Leaving Certificate Examination, 1922
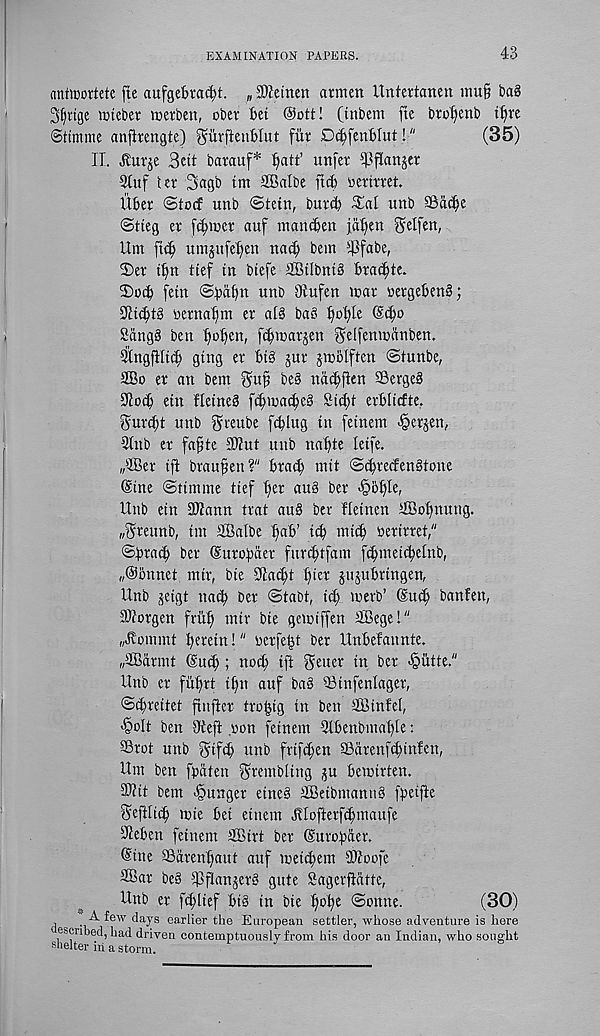
EXAMINATION PAPERS.
43
antwortete fie aufgebra^t. „ ©ieinert atmen Untertanen imt§ t>a§
3f)itge wtebet Herbert, obet Bet ®ott! (inbem fte bwfienb t^re
Sttmme anfiretigte) ^urftenBIut fiir Dc^fenBIut!"
(35)
II. ^urje 3ett barauf* fiatt’ unfer ^flanjer
3tuf Ur 3agb tm SBalbe ftcfe rertrret.
UBer @to<f unb ©tein, burd)
unb SSa^e
©tieg er fifiiuer auf niawBen ja^en ^elfen,
Um fid) umjufeijen nad) bein 4 d3fabe,
©er t1)n ttef tit btefe 2Btlbnt§ Bra^te.
©ocB fetn ©BdBtt unb Oiufen tear eergeBeng;
9it(^tg eernafim er ai§ ba8 ^of)Ie ©djo
Sitngg ben f)o^en, f^tcarjen ^elfenwanben.
aingjHtc^ gtng er Bt8 jur jteBlften ©tunbe,
2Bo er an bent
be§ nac^fien SBergeS
SiocB ein fletneS fi^wacf)e§ Std)t erBlicfte.
Burdjt unb greube fcBlug tn fetnem ^erjen,
5tnb er fa^te 3Wut unb nafite letfe.
„®er tfi braufen ?" Bra(| nitt ©^redenStone
©tne ©tintme ttef t»er au§ ber -^Bfile,
Unb etn 3)Zann trat au§ ber fietnen aBof)nung.
„®reunb, tm StBalbe ^aB’ icB mtc^ eerirret,"
©Brad) ber ©uroBder fur^tfam fd)meid;e[nb,
w ®Bnnet mtr, bie Oiac^t f)ter jujuBrtngen,
Unb jeigt nacB ber ©tabt, id; teerb’ ©u(^ banfett,
Morgen frtt^ mtr bie getetffen ®egel"
H^ommt Berctn!" oerfeijt ber UnBefannte.
„2Bdrmt ©ucf); nocB ift getter in ber <§utte."
Unb er fitftrt tfitt auf ba§ ©infenlager,
©d^reitet finjler troijig in ben SBinfel,
-fbolt ben Otefi won fetnem 3iBenbmai)le:
SBrot unb gtfcB unb frifi^en SBarenfiBinfen,
Um ben fBdten grembltng ^u Beieirten.
Mit bent hunger eine§ tEBeibmanu§ fBeifte
gefiltd) teie Bet etnent JUofterfcBmaufe
9ieBen feinem SBirt ber ©uroBder.
©ine £Bdtenf)aut auf teetcBem Moofe
®ar be§ ippanjerg gute Sagcrpdtte,
Unb er fp)lief Big in bie f)oi;e ©ontte.
(30)
,
t®'"' days earlier the European settler, whose adventure is here
escribed, had driven contemptuously from his door an Indian, who sought
shelter iii a storm.